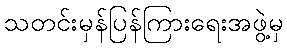
သတင်းမှန်ပြန်ကြားရေးအဖွဲ့မှ